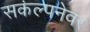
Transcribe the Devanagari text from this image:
सकंल्पनेवर